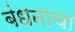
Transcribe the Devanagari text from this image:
बंधनाचा